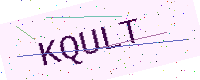
Text: KQULT